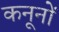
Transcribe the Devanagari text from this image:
कनूनों